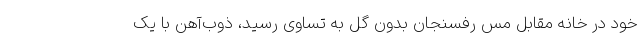
خود در خانه مقابل مس رفسنجان بدون گل به تساوی رسید، ذوب‌آهن با یک